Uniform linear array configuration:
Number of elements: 32
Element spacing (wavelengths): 0.5
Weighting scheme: exponential
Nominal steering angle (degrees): -45
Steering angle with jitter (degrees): -44.658
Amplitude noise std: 0.05
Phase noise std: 0.05

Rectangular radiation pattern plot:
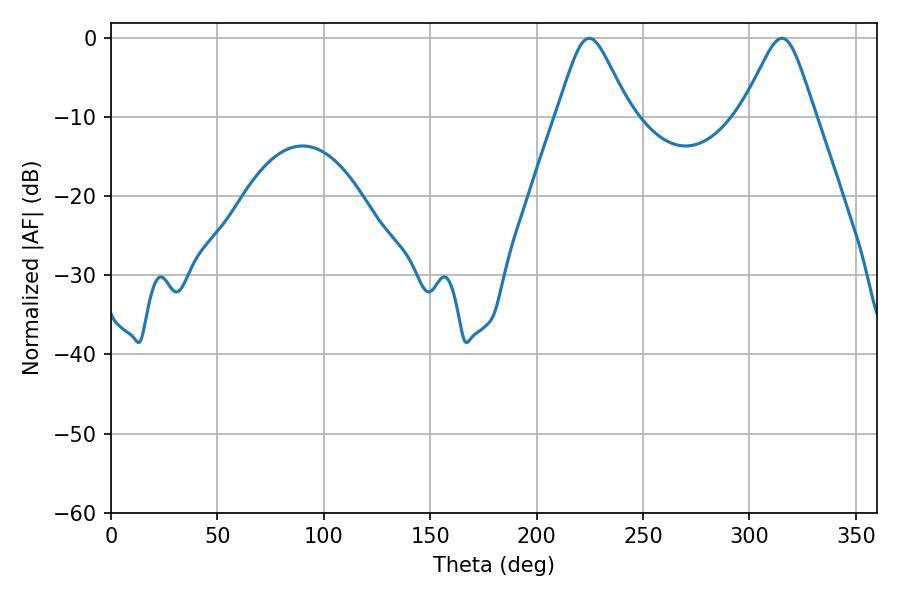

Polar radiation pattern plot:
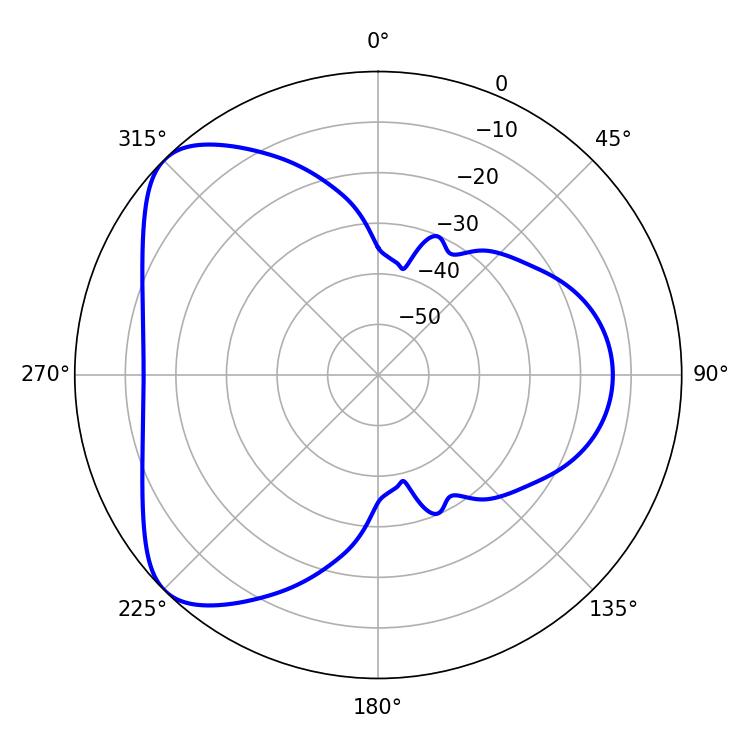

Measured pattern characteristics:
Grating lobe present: FALSE
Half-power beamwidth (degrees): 16.56
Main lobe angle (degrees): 224.64